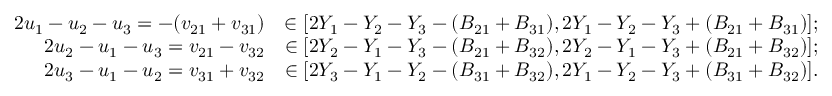
\begin{array} { r l } { 2 u _ { 1 } - u _ { 2 } - u _ { 3 } = - ( v _ { 2 1 } + v _ { 3 1 } ) } & { \in [ 2 Y _ { 1 } - Y _ { 2 } - Y _ { 3 } - ( B _ { 2 1 } + B _ { 3 1 } ) , 2 Y _ { 1 } - Y _ { 2 } - Y _ { 3 } + ( B _ { 2 1 } + B _ { 3 1 } ) ] ; } \\ { 2 u _ { 2 } - u _ { 1 } - u _ { 3 } = v _ { 2 1 } - v _ { 3 2 } } & { \in [ 2 Y _ { 2 } - Y _ { 1 } - Y _ { 3 } - ( B _ { 2 1 } + B _ { 3 2 } ) , 2 Y _ { 2 } - Y _ { 1 } - Y _ { 3 } + ( B _ { 2 1 } + B _ { 3 2 } ) ] ; } \\ { 2 u _ { 3 } - u _ { 1 } - u _ { 2 } = v _ { 3 1 } + v _ { 3 2 } } & { \in [ 2 Y _ { 3 } - Y _ { 1 } - Y _ { 2 } - ( B _ { 3 1 } + B _ { 3 2 } ) , 2 Y _ { 1 } - Y _ { 2 } - Y _ { 3 } + ( B _ { 3 1 } + B _ { 3 2 } ) ] . } \end{array}